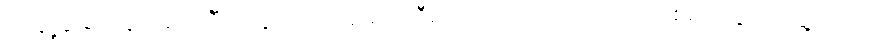
တချို့ဆိုရင် နာမည်ကြီးတွေထက် အများကြီး ပိုကောင်းနေတာ အံ့ဩစရာ သွားတွေ့ရတယ်။